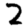
Digit: 2